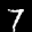
Label: 7